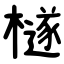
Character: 檖